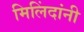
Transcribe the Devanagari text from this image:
मिलिंदांनी